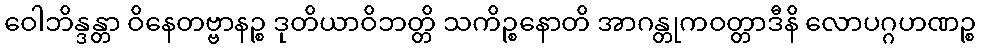
ဝေါဘိန္ဒန္တာ ဝိနေတဗ္ဗာနဉ္စ ဒုတိယာဝိဘတ္တိ သကိဉ္စနောတိ အာဂန္တုကဝတ္တာဒီနိ လောပဂ္ဂဟဏဉ္စ